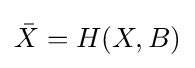
{\bar {X}}=H(X,B)